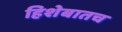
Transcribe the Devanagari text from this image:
हिशेबातच